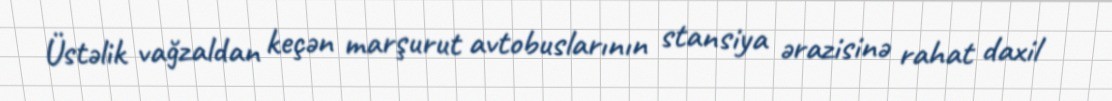
Üstəlik vağzaldan keçən marşurut avtobuslarının stansiya ərazisinə rahat daxil